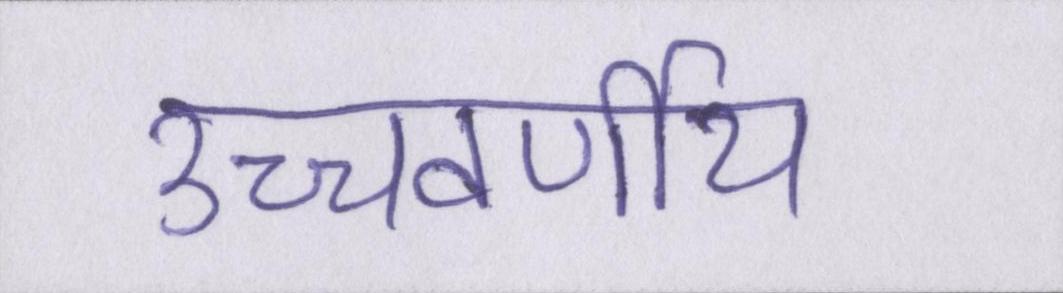
उच्चवर्णीय